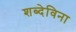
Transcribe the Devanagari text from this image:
शब्देविना